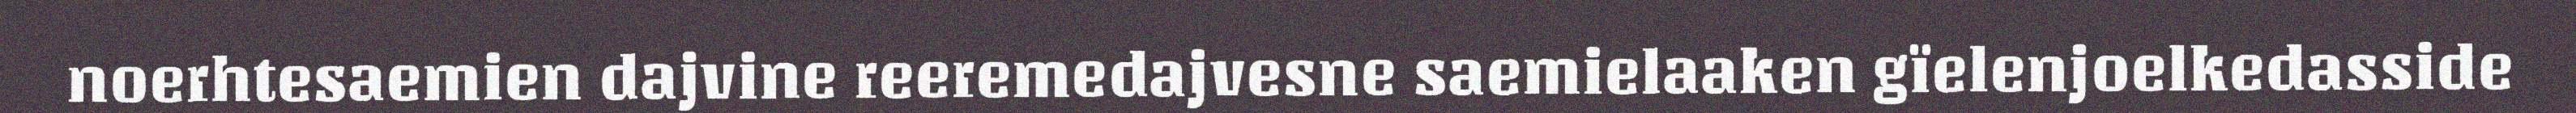
noerhtesaemien dajvine reeremedajvesne saemielaaken gïelenjoelkedasside